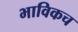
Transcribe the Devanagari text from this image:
भाविकच